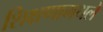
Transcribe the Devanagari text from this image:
शिक्षणामधले